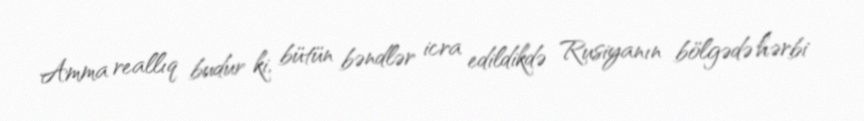
Amma reallıq budur ki, bütün bəndlər icra edildikdə Rusiyanın bölgədə hərbi